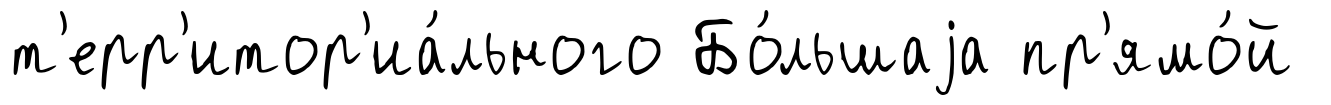
т'ерр'итор'иа́льного Бо́льшаjа пр'ямо́й